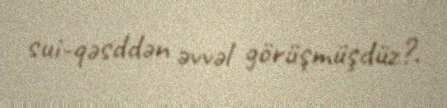
sui-qəsddən əvvəl görüşmüşdüz?.